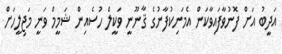
އަދީބު އަށް ފޮނުވާފައިވާކަން އެމަނިކުފާނުގެ ޤާނޫނީ ވަކީލް ހުސެއިން ޝަމީމް ވަނީ މަޖިލީހަށް